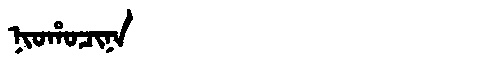
Manchu: ᠨᡳᠣᡥᠣᠴᡳᠨᠠ
Romanization: NIOHOCINA